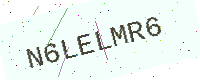
Text: N6LELMR6